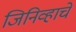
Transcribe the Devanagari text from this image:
जिनिव्हाचे